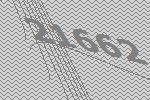
21662